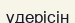
үдерісін